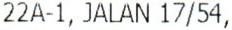
22A-1, JALAN 17/54,